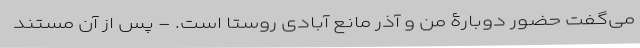
می‌گفت حضور دوبارۀ من و آذر مانع آبادی روستا است. - پس از آن مستند